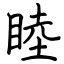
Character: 睦